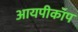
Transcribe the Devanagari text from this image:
आयपीकॉप